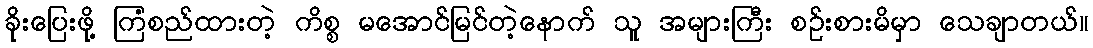
ခိုးပြေးဖို့ ကြံစည်ထားတဲ့ ကိစ္စ မအောင်မြင်တဲ့နောက် သူ အများကြီး စဉ်းစားမိမှာ သေချာတယ်။